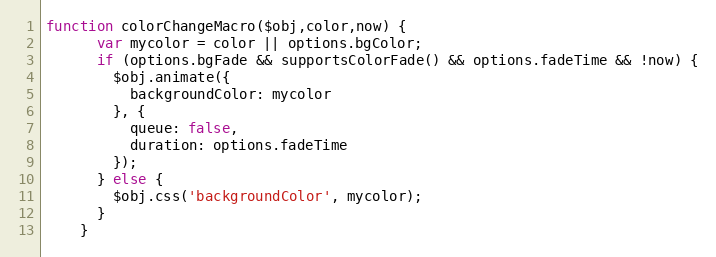
Language: JavaScript
function colorChangeMacro($obj,color,now) {
      var mycolor = color || options.bgColor;
      if (options.bgFade && supportsColorFade() && options.fadeTime && !now) {
        $obj.animate({
          backgroundColor: mycolor
        }, {
          queue: false,
          duration: options.fadeTime
        });
      } else {
        $obj.css('backgroundColor', mycolor);
      }
    }